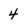
Character: 4